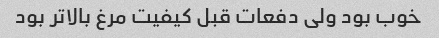
خوب بود ولی دفعات قبل کیفیت مرغ بالاتر بود